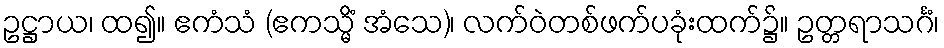
ဥဋ္ဌာယ၊ ထ၍။ ဧကံသံ (ဧကသ္မိံ အံသေ)၊ လက်ဝဲတစ်ဖက်ပခုံးထက်၌။ ဥတ္တရာသင်္ဂံ၊